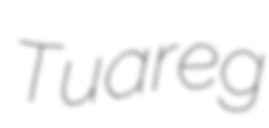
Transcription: Tuareg